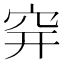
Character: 𥤴